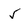
Character: 5